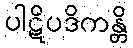
ပါဋိပဒိကန္တိ